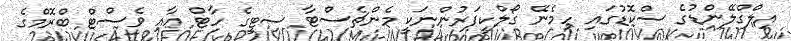
އިލްގްލޭންޑުގެ ސްކޮޑުގައި ހިމެނޭ ގޯލްކީޕަރުންނަކީ މެންޗެސްޓާ ސިޓީގެ ހާޓް އާއި ވެސްޓް ބްރޮމްގެ